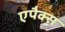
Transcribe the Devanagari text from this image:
एपैक्स